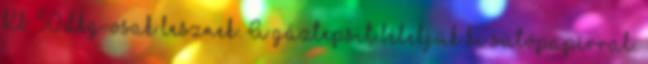
Kb. 50 dkg-osak lesznek. A gáztepsit béleljük ki sütőpapírral.